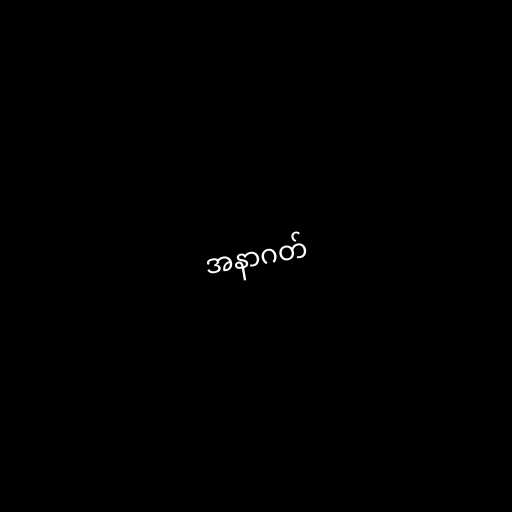
အနာဂတ်